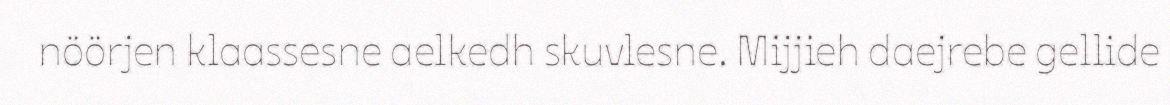
nöörjen klaassesne aelkedh skuvlesne. Mijjieh daejrebe gellide